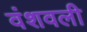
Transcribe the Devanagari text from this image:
वंशवली